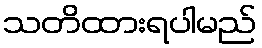
သတိထားရပါမည်